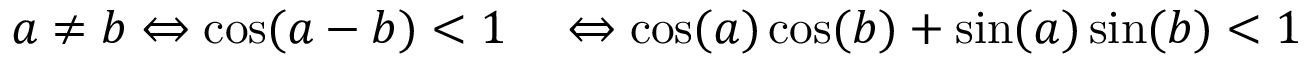
\begin{array} { r l } { a \neq b \Leftrightarrow \cos ( a - b ) < 1 } & { { } \Leftrightarrow \cos ( a ) \cos ( b ) + \sin ( a ) \sin ( b ) < 1 } \end{array}